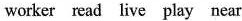
worker read live play near